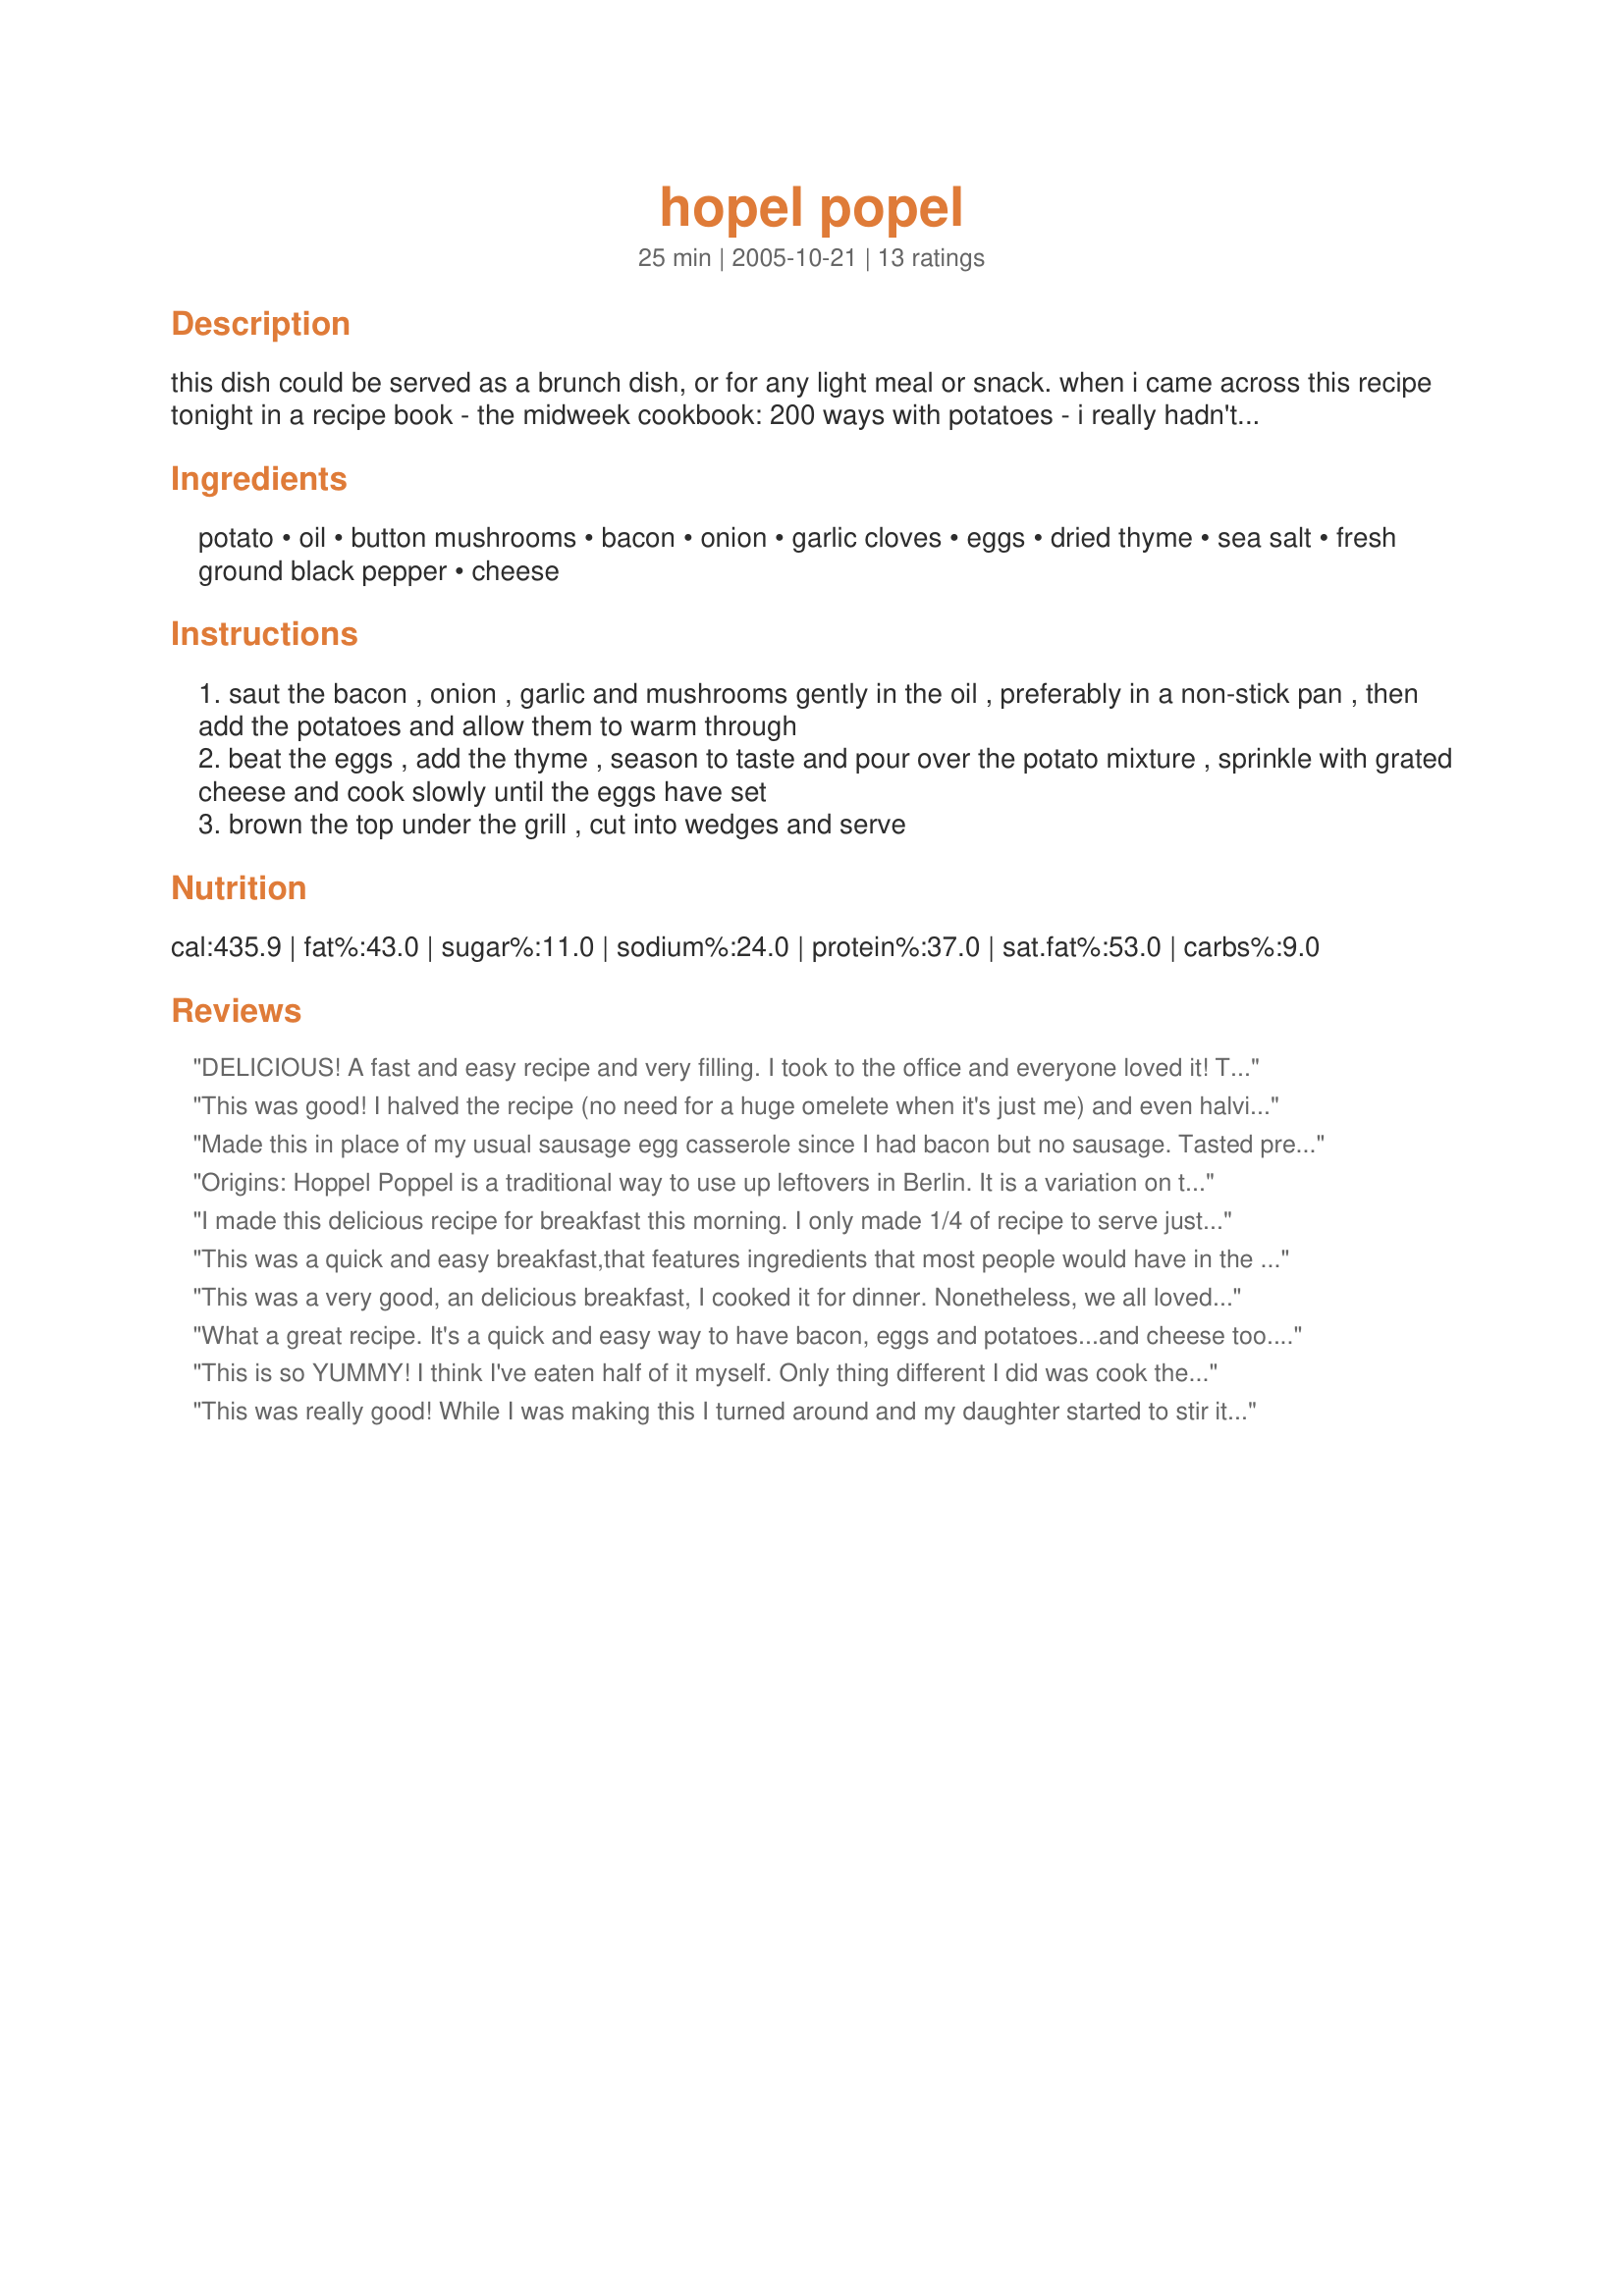
hopel popel
Preparation time: 25 minutes

this dish could be served as a brunch dish, or for any light meal or snack. when i came across this recipe tonight in a recipe book - the midweek cookbook: 200 ways with potatoes - i really hadn't looked at since the seventies, the name of this dish intrigued me. a web search produced nothing of relevance, just lots of references to dog breeding kennels! so unfortunately i know nothing of the origins of recipe's name. i'm posting a c21st adaptation here so that i remember to make it some time! it's actually rather similar to what i've always referred to as a chip omelette, although i usually make that with diced raw potatoes.

Ingredients:
potato, oil, button mushrooms, bacon, onion, garlic cloves, eggs, dried thyme, sea salt, fresh ground black pepper, cheese

Steps:
saut the bacon , onion , garlic and mushrooms gently in the oil , preferably in a non-stick pan , then add the potatoes and allow them to warm through
beat the eggs , add the thyme , season to taste and pour over the potato mixture , sprinkle with grated cheese and cook slowly until the eggs have set
brown the top under the grill , cut into wedges and serve

Reviews:
DELICIOUS! A fast and easy recipe and very filling. I took to the office and everyone loved it! Thank you, bluemoon downunder, for a great recipe! Made for the Think Pink Tag Game In Honor of Breast Cancer Awareness, October 2008.
This was good! I halved the recipe (no need for a huge omelete when it's just me) and even halving the recipe, reduced the garlic (not a big garlic fan here). I didn't boil the potato; I used some frozen hashbrowns. I did enjoy this with a cup of coffee and will be putting this on the "Bed & Breakfast" list the next time I have guests. KUDOS, Moonie! This one is GREAT!
Made this in place of my usual sausage egg casserole since I had bacon but no sausage. Tasted pretty good, but I think I like my casserole better. I left out the mushrooms since DH doesn't like them and ended up adding a couple extra eggs b/c I think I had too many potatoes! Good for something a little different.
Origins: Hoppel Poppel is a traditional way to use up leftovers in Berlin. It is a variation on the traditional fried potatoes known as Bratkartoffeln.
I made this delicious recipe for breakfast this morning. I only made 1/4 of recipe to serve just one, which really wouldv'e served two. I just cleaned and pricked a 4 oz potatoe and put it in a dish in the microwave for 3 mins. on high. I then followed the recipe, but did cook bacon first until crisp. Very tasty egg dish in one pan. Thanks bluemoon for posting. Made for Every Days a Holiday Tag.
This was a quick and easy breakfast,that features ingredients that most people would have in the house.
A simple and nutritious way to start the day.Thanks BlueMoon.
This was a very good, an delicious breakfast, I cooked it for dinner. Nonetheless, we all loved it, so easy to prepare, and easy to cook. Kudos bluemoon.
What a great recipe. It's a quick and easy way to have bacon, eggs and potatoes...and cheese too...delish! I made this dish exactly as written. It has wonderful flavors and textures. Thanks for sharing a recipe that I will be making again.
This is so YUMMY! I think I've eaten half of it myself. Only thing different I did was cook the bacon first, removed it from the pan, disposed of most of the bacon grease and then cooked the onions, garlic and mushrooms in that. I added the bacon back in with the potatoes. This was an easy recipe to make and was a great choice for Sunday breakfast! This is a keeper!
This was really good! While I was making this I turned around and my daughter started to stir it now knowing it wasn't suppose to be but it was still very tasty! Thanks for posting!!
Made this Sunday breakfast and it was enjoyed by all. I used my Recipe #259599 for the boiled potatoes and Hormel bacon bits but other then that followed the recipe as written. We used cheddar cheese and I'm sure I used more then 4 ounces as I didn't measure it but just dumped it on. Wonderful breakfast.
Very good! Thank you for posting.
Tagged this for the Easter Egg Hunt Tag game. It was a nice change from the traditional egg casseroles, we really enjoyed it. Thanks for posting.
